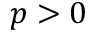
p > 0